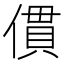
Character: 𠍿